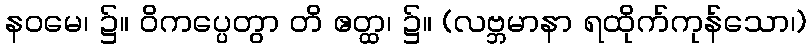
နဝမေ၊ ၌။ ဝိကပ္ပေတွာ တိ ဧတ္ထ၊ ၌။ (လဗ္ဘမာနာ ရထိုက်ကုန်သော၊)